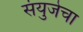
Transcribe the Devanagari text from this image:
संयुजेचा